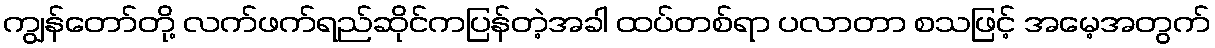
ကျွန်တော်တို့ လက်ဖက်ရည်ဆိုင်ကပြန်တဲ့အခါ ထပ်တစ်ရာ ပလာတာ စသဖြင့် အမေ့အတွက်